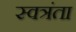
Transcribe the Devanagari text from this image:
स्वत्रंता